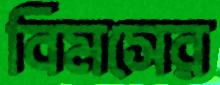
বিমসের